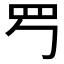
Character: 𦉶